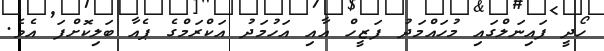
ހޯދީ ފައިނަލްގައި މުހައްމަދު ފަޒީހް އާއި އަހުމަދު އަކްރަމްގެ ޕެއާ ބަލިކޮށްފަ އެވެ.